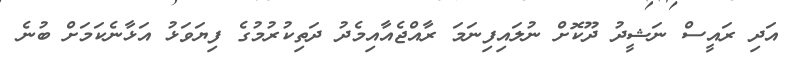
އަދި ރައީސް ނަޝީދު ދޫކޮށް ނުލައިފިނަމަ ރާއްޖެއާއިމެދު ދަތިކުރުމުގެ ފިޔަވަޅު އަޅާނެކަމަށް ބުނެ